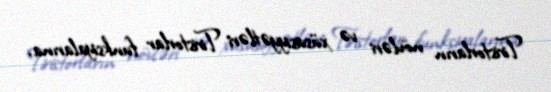
Tiristorların növləri və xüsusiyyətləri Tiristorlar funksiyalarına,